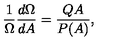
\frac { 1 } { \Omega } \frac { d \Omega } { d A } = \frac { Q A } { P ( A ) } ,